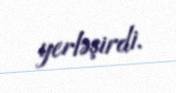
yerləşirdi.